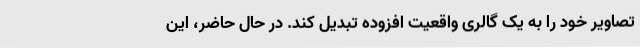
تصاویر خود را به یک گالری واقعیت افزوده تبدیل کند. در حال حاضر، این